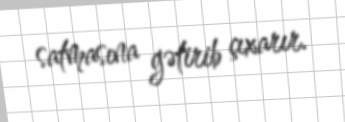
satmasına gətirib çıxarır.